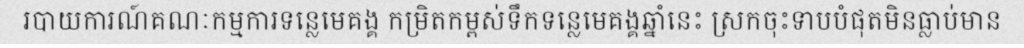
របាយការណ៍គណៈកម្មការទន្លេមេគង្គ កម្រិតកម្ពស់ទឹកទន្លេមេគង្គឆ្នាំនេះ ស្រកចុះទាបបំផុតមិនធ្លាប់មាន